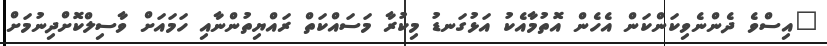
"އިސްވެ ދެންނެވިކަންކަން އެހެން އޮތުމާއެކު އަޅުގަނޑު މިކުރާ މަސައްކަތް ރައްޔިތުންނާއި ހަމައަށް ވާސިލްކޮށްދިނުމަށް